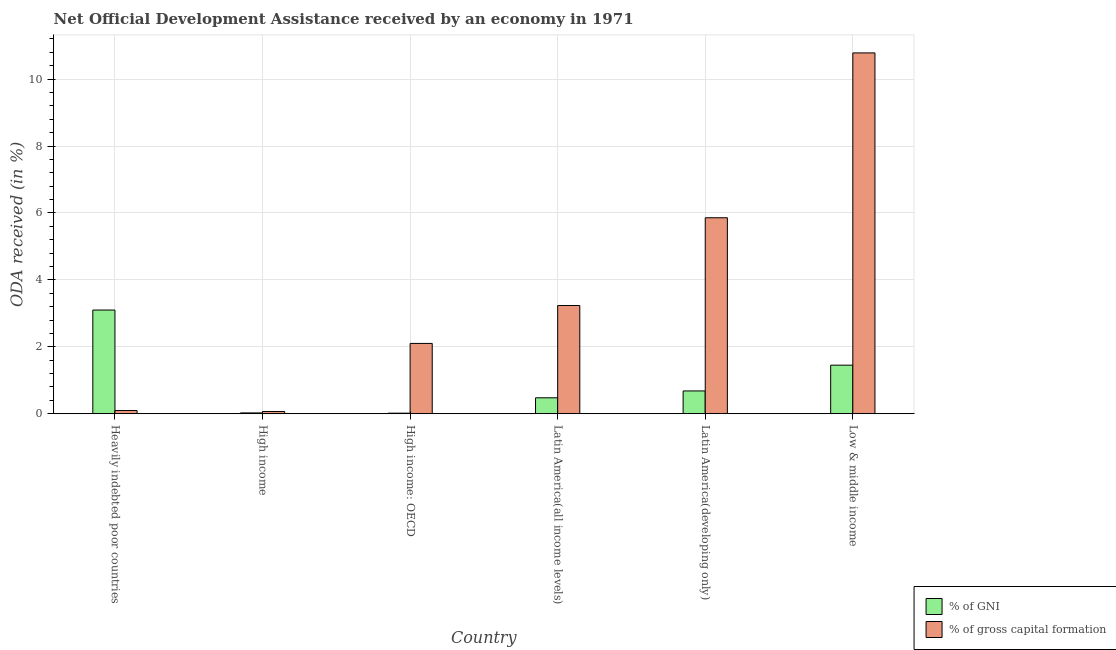
| Country | % of GNI | % of gross capital formation |
 | --- | --- | --- |
 | Heavily indebted poor countries | 3.1 | 0.0956 |
 | High income | 0.0247 | 0.067 |
 | High income: OECD | 0.0172 | 2.1 |
 | Latin America(all income levels) | 0.477 | 3.23 |
 | Latin America(developing only) | 0.681 | 5.86 |
 | Low & middle income | 1.45 | 10.8 |